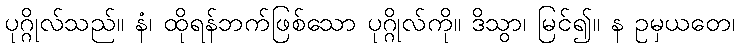
ပုဂ္ဂိုလ်သည်။ နံ၊ ထိုရန်ဘက်ဖြစ်သော ပုဂ္ဂိုလ်ကို။ ဒိသွာ၊ မြင်၍။ န ဥမှယတေ၊